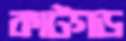
কাটগড়